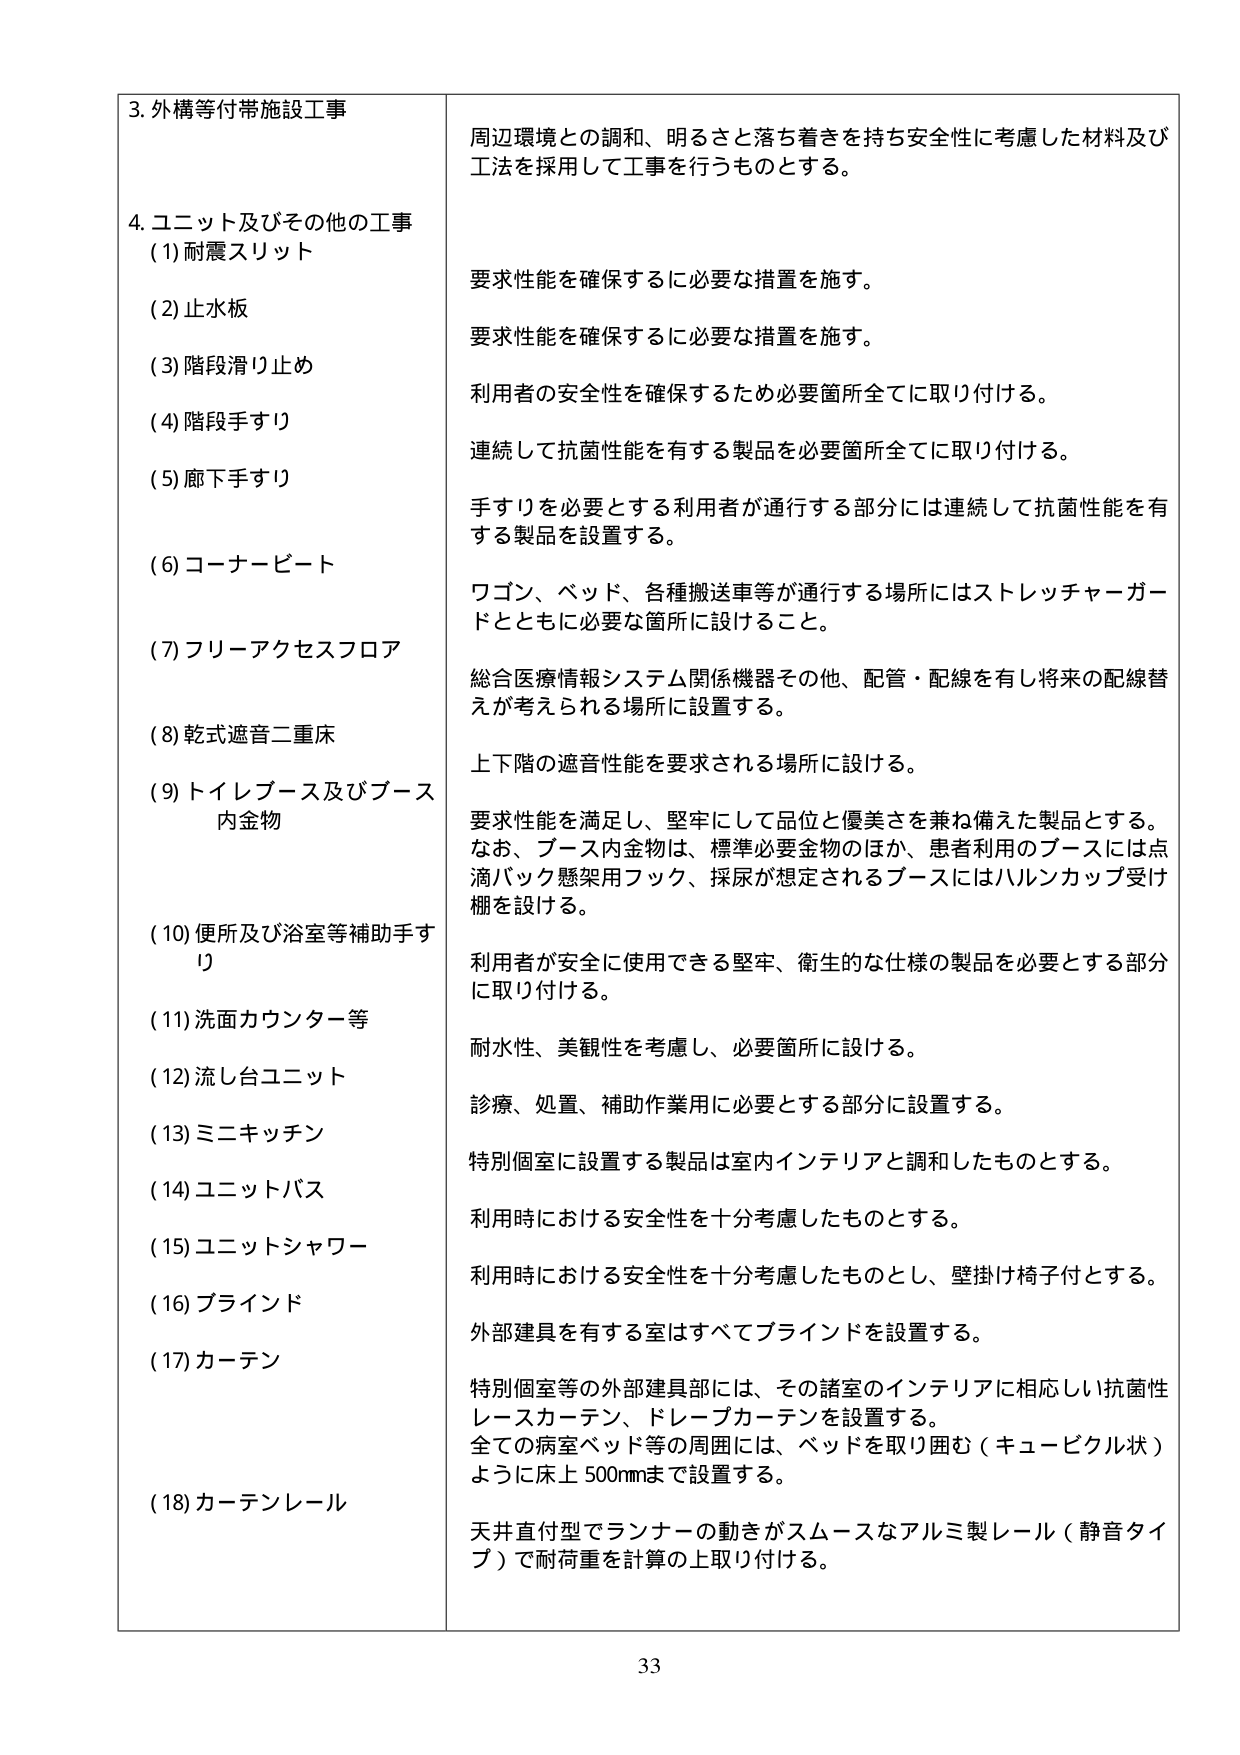
3. 外構等付帯施設工事
周辺環境との調和、明るさと落ち着きを持ち安全性に考慮した材料及び工法を採用して工事を行うものとする。

4. ユニット及びその他の工事
(1) 耐震スリット
要求性能を確保するに必要な措置を施す。

(2) 止水板
要求性能を確保するに必要な措置を施す。

(3) 階段滑り止め
利用者の安全性を確保するため必要箇所全てに取り付ける。

(4) 階段手すり
連続して抗菌性能を有する製品を必要箇所全てに取り付ける。

(5) 廊下手すり
手すりを必要とする利用者が通行する部分には連続して抗菌性能を有する製品を設置する。

(6) コーナービート
ワゴン、ベッド、各種搬送車等が通行する場所にはストレッチャーガードとともに必要な箇所に設けること。

(7) フリーアクセスフロア
総合医療情報システム関係機器その他、配管・配線を有し将来の配線替えが考えられる場所に設置する。

(8) 乾式遮音二重床
上下階の遮音性能を要求される場所に設ける。

(9) トイレブース及びブース内金物
要求性能を満足し、堅牢にして品位と優美さを兼ね備えた製品とする。
なお、ブース内金物は、標準必要金物のほか、患者利用のブースには点滴バック懸架用フック、採尿が想定されるブースにはハルンカップ受け棚を設ける。

(10) 便所及び浴室等補助手すり
利用者が安全に使用できる堅牢、衛生的な仕様の製品を必要とする部分に取り付ける。

(11) 洗面カウンター等
耐水性、美観性を考慮し、必要箇所に設ける。

(12) 流し台ユニット
診療、処置、補助作業用に必要とする部分に設置する。

(13) ミニキッチン
特別個室に設置する製品は室内インテリアと調和したものとする。

(14) ユニットバス
利用時における安全性を十分考慮したものとする。

(15) ユニットシャワー
利用時における安全性を十分考慮したものとし、壁掛け椅子付とする。

(16) ブラインド
外部建具を有する室はすべてブラインドを設置する。

(17) カーテン
特別個室等の外部建具部には、その諸室のインテリアに相応しい抗菌性レースカーテン、ドレープカーテンを設置する。
全ての病室ベッド等の周囲には、ベッドを取り囲む（キュービクル状）ように床上500mmまで設置する。

(18) カーテンレール
天井直付型でランナーの動きがスムースなアルミ製レール（静音タイプ）で耐荷重を計算の上取り付ける。

33